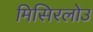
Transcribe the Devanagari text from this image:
मिसिरलोउ